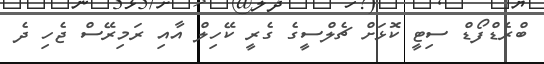
ބްރެޑްފޯޑް ސިޓީ ކޮޅަށް ޗެލްސީގެ ގެރީ ކޭހިލް އާއި ރަމިރޭސް ޖެހި ދެ